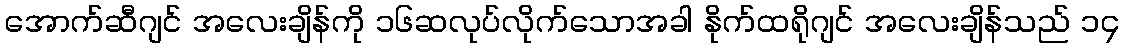
အောက်ဆီဂျင် အလေးချိန်ကို ၁၆ဆလုပ်လိုက်သောအခါ နိုက်ထရိုဂျင် အလေးချိန်သည် ၁၄